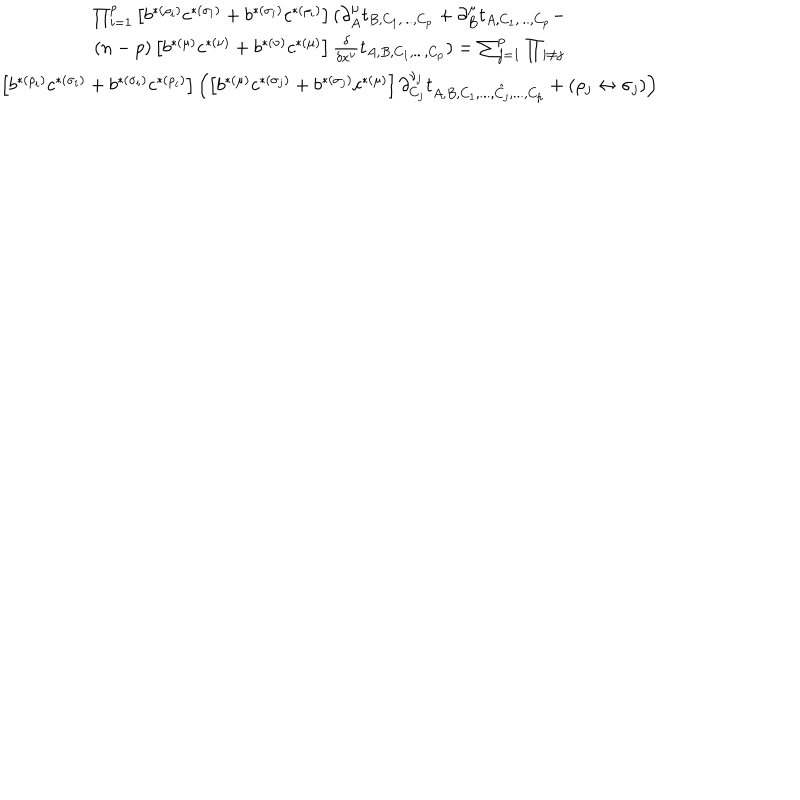
LaTeX: \begin{array} { c } { { \prod _ { i = 1 } ^ { p } \left[ b ^ { * ( \rho _ { i } ) } c ^ { * ( \sigma _ { i } ) } + b ^ { * ( \sigma _ { i } ) } c ^ { * ( \rho _ { i } ) } \right] ( \partial _ { A } ^ { \mu } t _ { B , C _ { 1 } , . . . , C _ { p } } + \partial _ { B } ^ { \mu } t _ { A , C _ { 1 } , . . . , C _ { p } } - \nonumber } } \\ { { ( n - p ) \left[ b ^ { * ( \mu ) } c ^ { * ( \nu ) } + b ^ { * ( \nu ) } c ^ { * ( \mu ) } \right] { \frac { \delta } { \delta x ^ { \nu } } } t _ { A , B , C _ { 1 } , . . . , C _ { p } } ) = \sum _ { j = 1 } ^ { p } \prod _ { i \not = j } \nonumber } } \\ { { \left[ b ^ { * ( \rho _ { i } ) } c ^ { * ( \sigma _ { i } ) } + b ^ { * ( \sigma _ { i } ) } c ^ { * ( \rho _ { i } ) } \right] \left( \left[ b ^ { * ( \mu ) } c ^ { * ( \sigma _ { j } ) } + b ^ { * ( \sigma _ { j } ) } c ^ { * ( \mu ) } \right] \partial _ { C _ { j } } ^ { \nu _ { j } } t _ { A , B , C _ { 1 } , . . . , \hat { C _ { j } } , . . . , C _ { p } } + ( \rho _ { j } \leftrightarrow \sigma _ { j } ) \right) } } \\ \end{array}